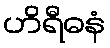
ဟိရီဓနံ